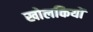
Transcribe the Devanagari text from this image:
खोलकियों